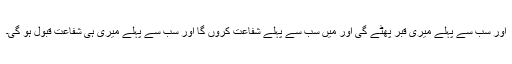
اور سب سے پہلے میری قبر پھٹے گی اور میں سب سے پہلے شفاعت کروں گا اور سب سے پہلے میری ہی شفاعت قبول ہو گی۔